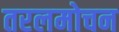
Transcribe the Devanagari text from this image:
तरलमोचन